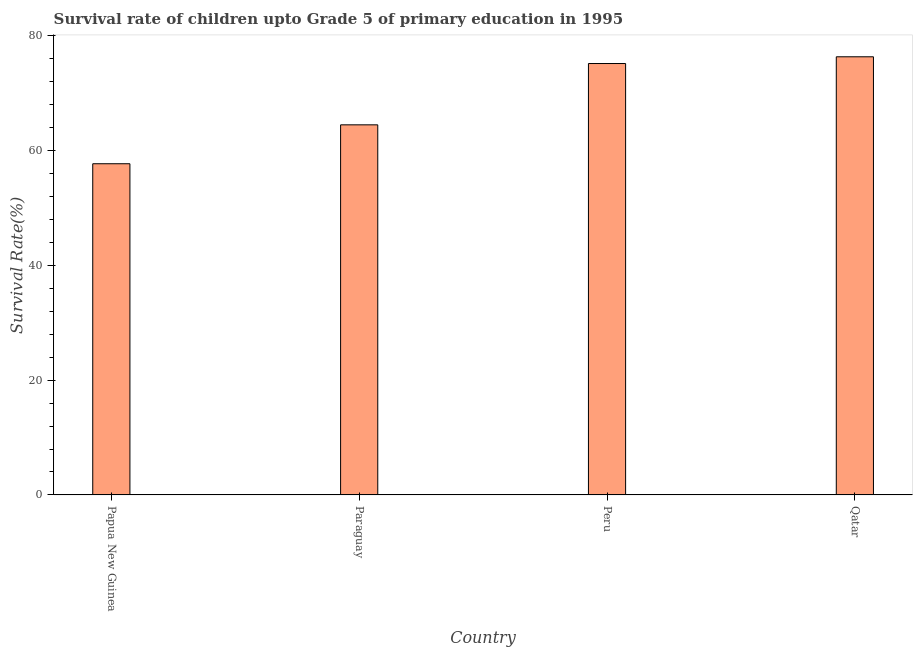
| Country | Survival rate |
 | --- | --- |
 | Papua New Guinea | 57.7 |
 | Paraguay | 64.5 |
 | Peru | 75.1 |
 | Qatar | 76.3 |